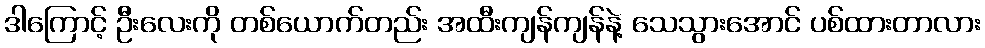
ဒါကြောင့် ဦးလေးကို တစ်ယောက်တည်း အထီးကျန်ကျန်နဲ့ သေသွားအောင် ပစ်ထားတာလား